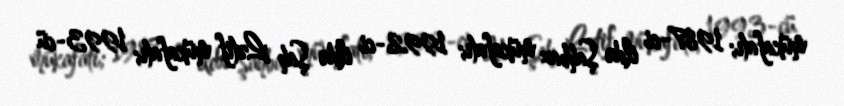
mükafatı; 1987-ci ildə Şahbaz mükafatı; 1992-ci ildə Şah Lətif mükafatı; 1993-cü